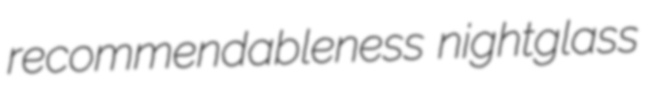
recommendableness nightglass